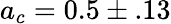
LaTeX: a_{c}=0.5\pm.13